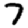
Digit: 7